system: You are a helpful assistant.
user:
Analyze the provided spectrum to determine if it is a **"Cataclysmic Variables (CV)"**.

- **Key Indicators for CV (Check for either state):**
    - **State 1: Quiescent / Low-State (Emission-Dominated)**
        - **(Primary):** Strong and *very broad* Hydrogen Balmer emission lines (e.g., $H\alpha$ at 6563 Å, $H\beta$ at 4861 Å). The 'broadness' (high velocity dispersion, often FWHM > 1000 km/s) is the key diagnostic, indicating a high-velocity accretion disk.
        - **(Secondary):** Broad neutral Helium (He I) emission lines (e.g., 5876 Å, 6678 Å).
        - **(Key Confirmation):** Presence of high-excitation *ionized* Helium (He II) emission at 4686 Å. This is a strong indicator of accretion onto a white dwarf.
        - **(Line Profile):** Emission lines may exhibit a 'double-peaked' profile, which is a classic signature of a rotating accretion disk viewed at high inclination.

    - **State 2: Outburst / High-State (Absorption-Dominated)**
        - **(Primary):** Spectrum is dominated by a bright, blue continuum (looks like a hot star).
        - **(Secondary):** The emission lines from State 1 are weak, absent, or 'filled in', and are replaced by broad, shallow *absorption* lines (primarily Balmer and He I).
        - **(Morphology):** The overall spectrum mimics a hot B/A-type star. The crucial difference is that the absorption lines are significantly broader, shallower, and more 'washed-out' (or 'smeared') than the sharp lines of a normal stellar photosphere, due to high rotational speeds and pressure broadening in the disk.

Think first, call **spectral_visualization_tool** if needed to examine features in detail, then provide your final answer. Your response must adhere to the following strict rules:
1.  **Overall Structure:** Your response must follow the format `<think>...</think> <tool_call>...</tool_call> (if a tool is used) <answer>...</answer>`.
2.  **Tool Usage Constraint:** You may only make **one** tool call per turn.
3.  **Final Answer Format:** In the `<answer>` tag, your conclusion must be inside a `\boxed{}` command (e.g., `\boxed{YES}`), followed by your justification.

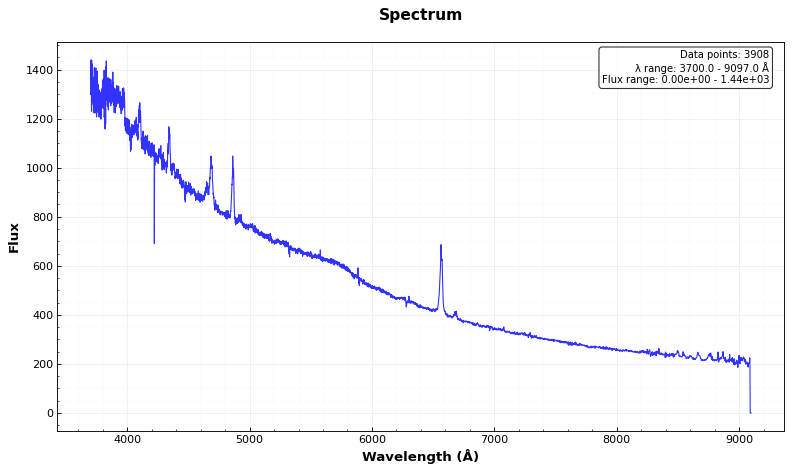
Answer: YES